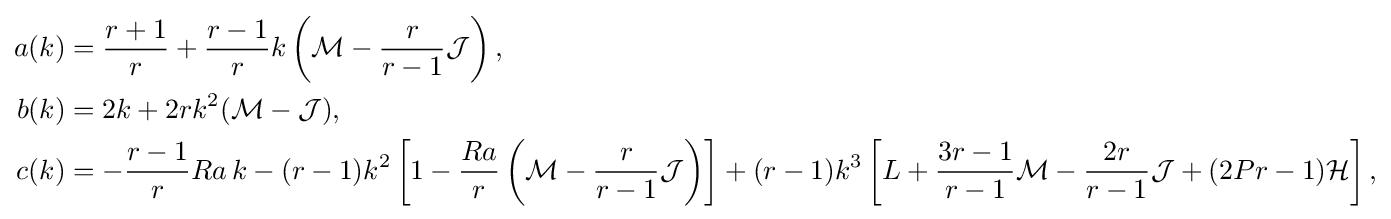
{\begin{aligned}a(k)&={\frac {r+1}{r}}+{\frac {r-1}{r}}k\left({\mathcal {M}}-{\frac {r}{r-1}}{\mathcal {J}}\right),\\b(k)&=2k+2rk^{2}({\mathcal {M}}-{\mathcal {J}}),\\c(k)&=-{\frac {r-1}{r}}Ra\,k-(r-1)k^{2}\left[1-{\frac {Ra}{r}}\left({\mathcal {M}}-{\frac {r}{r-1}}{\mathcal {J}}\right)\right]+(r-1)k^{3}\left[L+{\frac {3r-1}{r-1}}{\mathcal {M}}-{\frac {2r}{r-1}}{\mathcal {J}}+(2Pr-1){\mathcal {H}}\right],\end{aligned}}